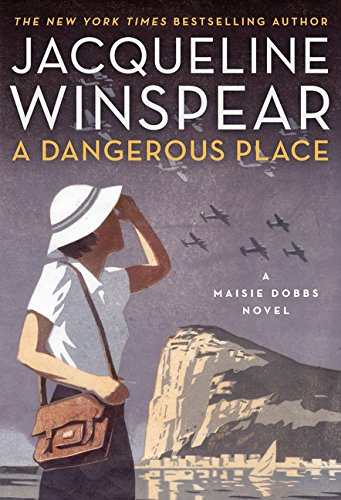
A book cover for A Dangerous Place: A Maisie Dobbs Novel; Jacqueline Winspear; Mystery, Thriller & Suspense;